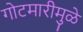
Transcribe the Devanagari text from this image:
गोटमारीमुळे